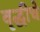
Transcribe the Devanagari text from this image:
वृद्धीचे